Vaike-Kullamaa_(Vaikna)_vallavalitsus, lk 4
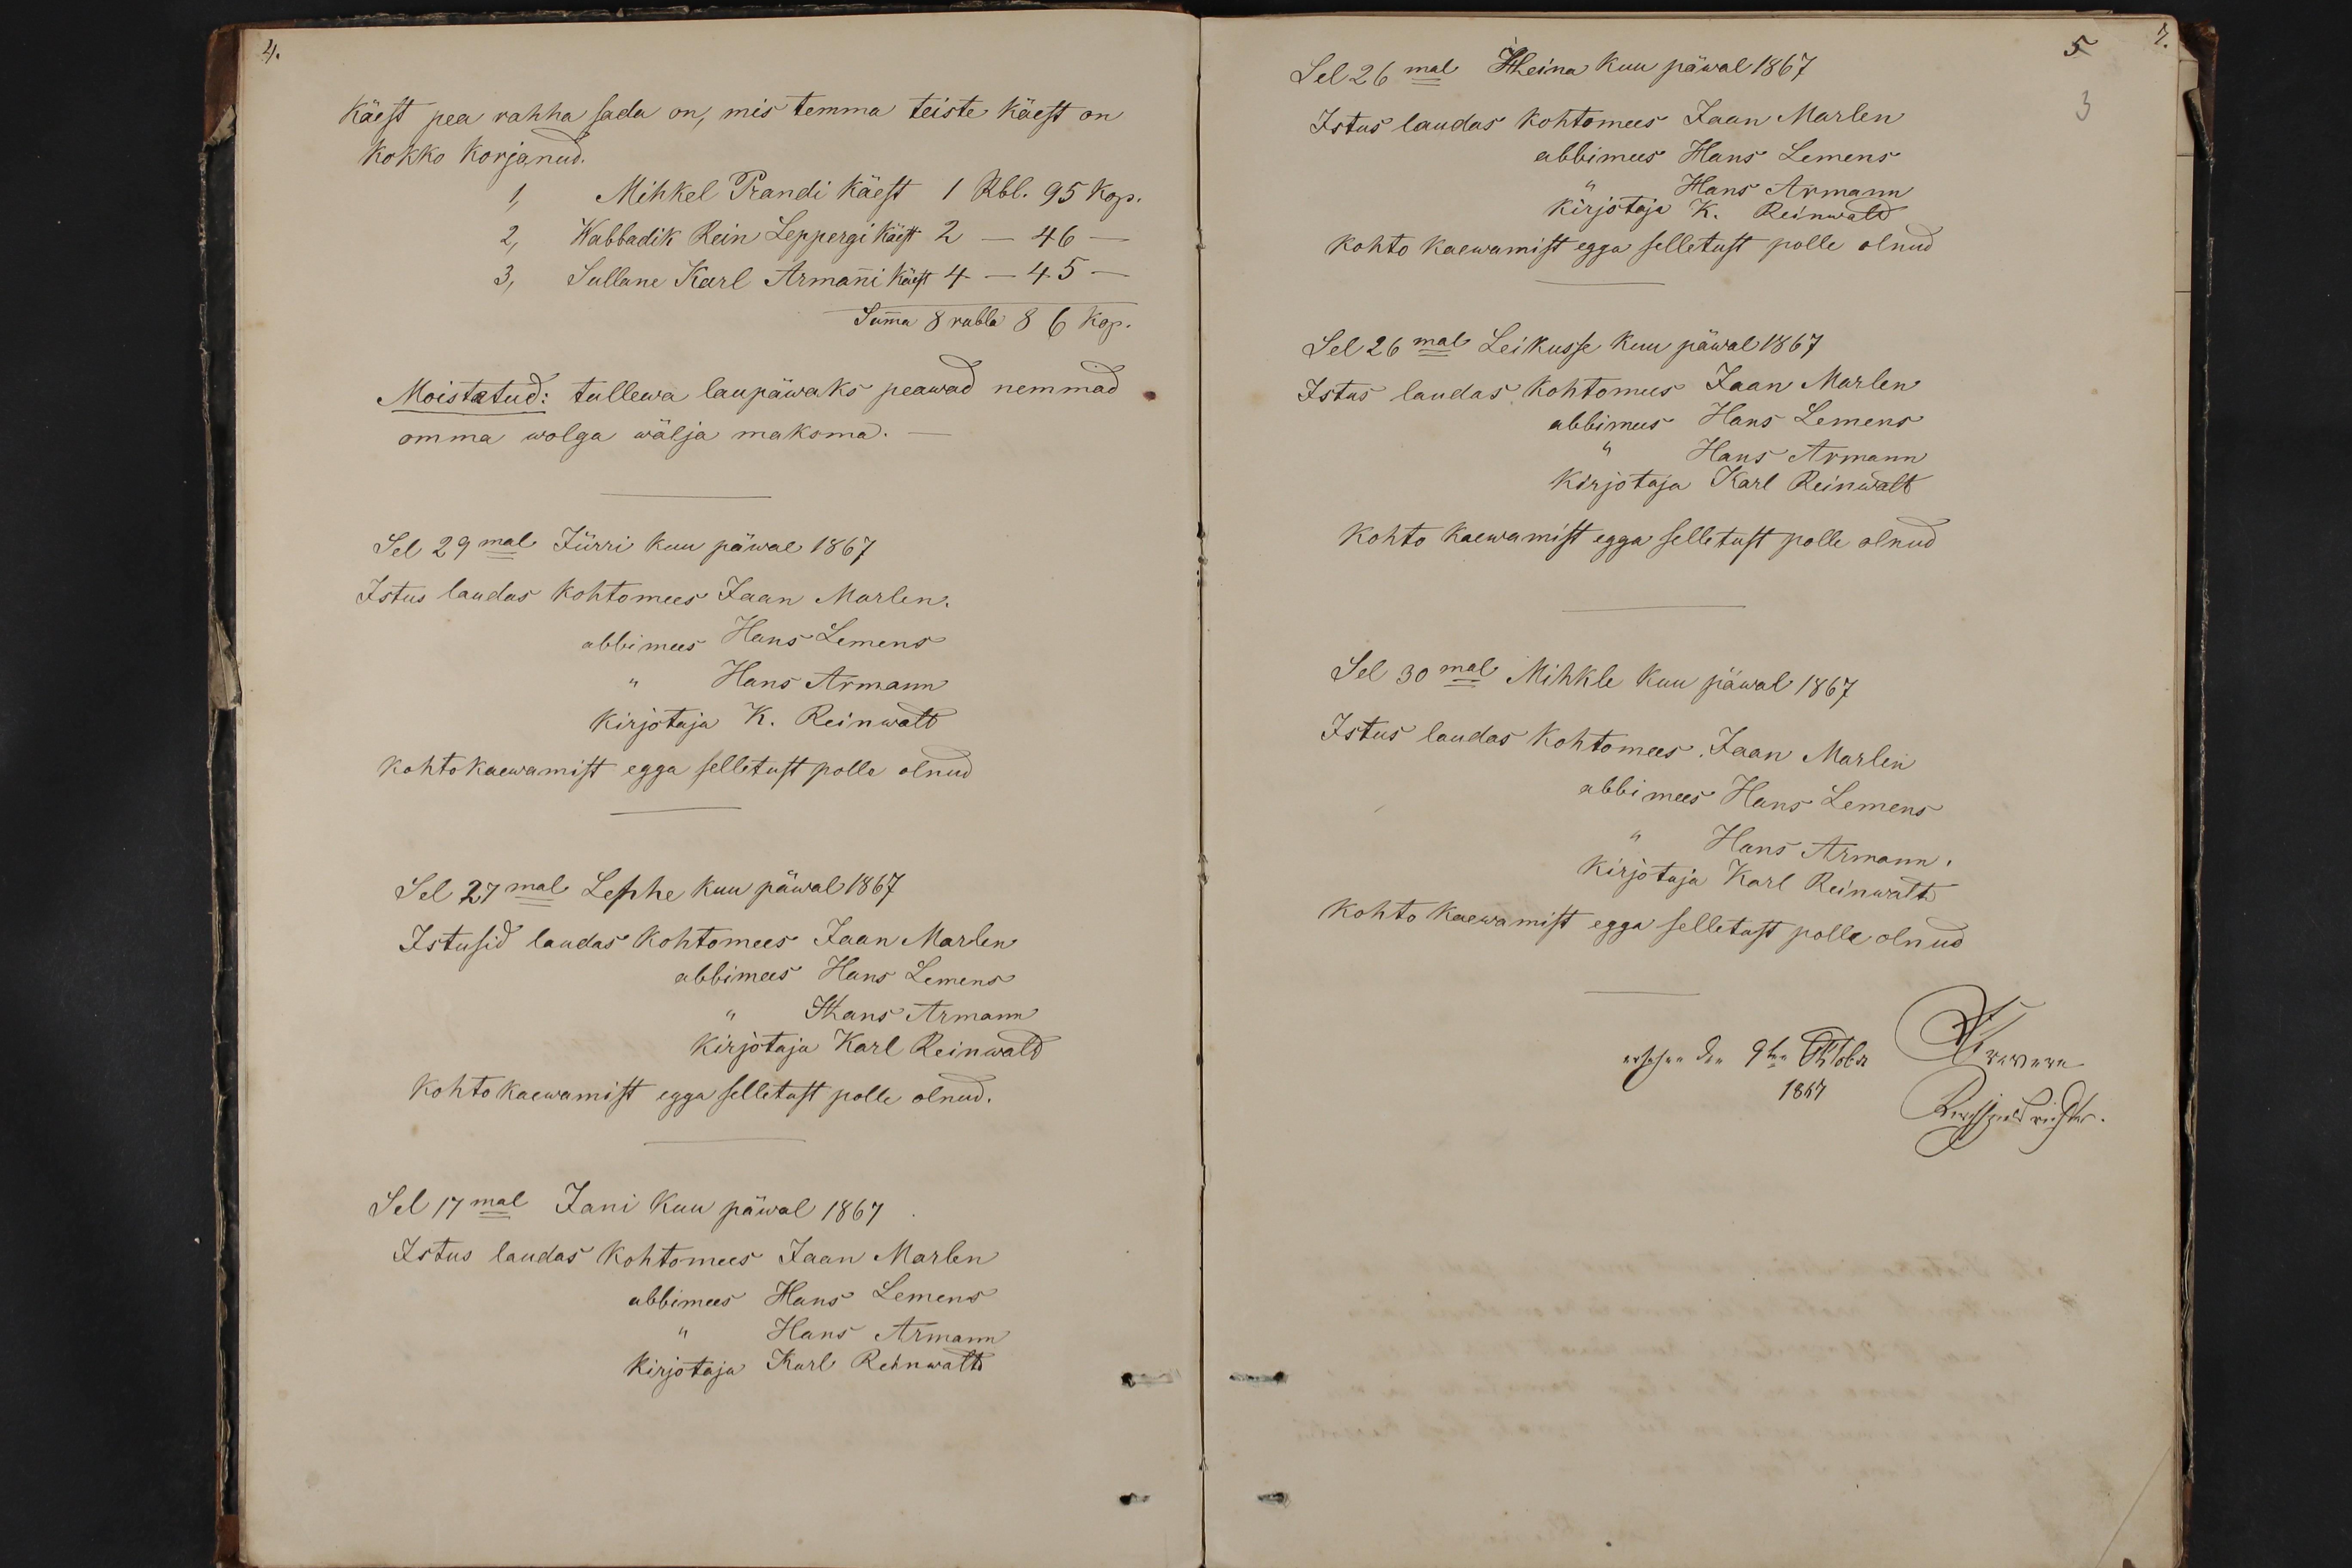
4.
käest pea rahha sada on, mis temma teiste käest on
kokko korjanud.
1,
Mihkel Prandi käest 1 Rbl. 95 kop.
2, Wabbadik Rein Leppergi käest 2 - 46 -
3, Sullane Karl Armani käest 4 - 45 -
Summa 8 rubla 8 6 kop.
Moistatud: tullewa laupäwaks peawad nemmad
omma wolga wälja maksma.
Sel 29mal Jürri kuu päwal 1867
Istus laudas kohtomees Jaan Marlen.
abbimees Hans Lemens
Hans Armann
Kirjotaja K. Reinwalt
kohtokaewamist egga selletust polle olnud
Sel 27mal Lehhe kuu päwal 1867
Istusid laudas kohtomees Jaan Marlen
abbimees Hans Lemens
Hans Armann
kirjotaja Karl Reinwald
kohto kaewamist egga selletust polle olnud.
Sel 17mal Juni kuu päwal 1867
Istus laudas kohtomees Jaan Marlen
abbimees Hans Lemens
Hans Armann
Kirjotaja Karl Rehnwaltd

Sel 26mal Heina kuu päwal 1867
5
Istus laudas kohtomees Jaan Marlen
3
abbimees Hans Lemens
Hans Armann
Kirjotaja K. Reinwald
kohto kaewamist egga selletust polle olnud
Sel 26mal Leikusse kuu päwal 1867
Istus laudas kohtomees Jaan Marlen
abbimees Hans Lemens
Hans Armann
Kirjotaja Karl Reinwalt
kohto kaewamist egga selletust polle olnud
Sel 30mal Mihkli kuu päwal 1867
Istus laudas kohtomees Jaan Marlin
abbimees Hans Lemens
Hans Armann.
kirjotaja Karl Reinwalt
kohto kaewamist egga selletust polle olnud
Otsus on 9 h. m. Octobri
Wimma
1867
Kirchspielsrichter.